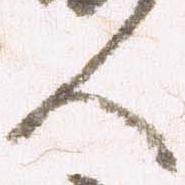
人